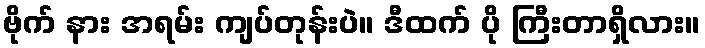
ဗိုက် နား အရမ်း ကျပ်တုန်းပဲ။ ဒီထက် ပို ကြီးတာရှိလား။